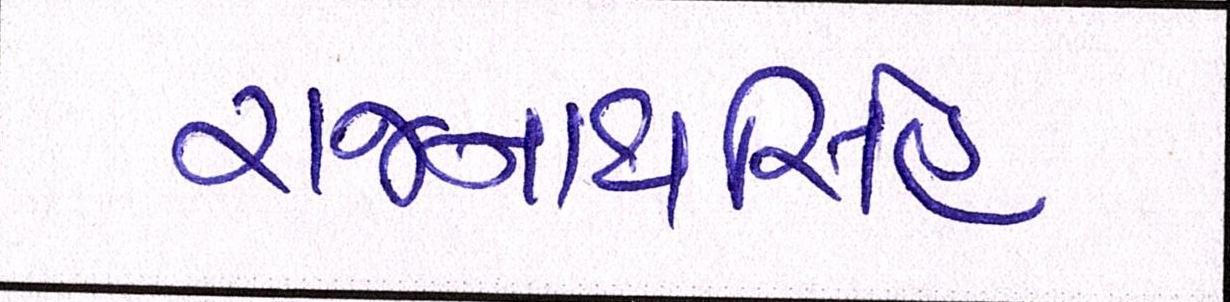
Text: રાજનાથસિંહ